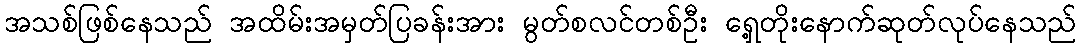
အသစ်ဖြစ်နေသည် အထိမ်းအမှတ်ပြခန်းအား မွတ်စလင်တစ်ဦး ရှေ့တိုးနောက်ဆုတ်လုပ်နေသည်